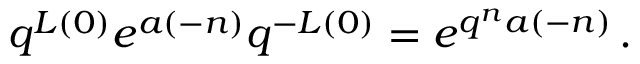
q ^ { L ( 0 ) } e ^ { a ( - n ) } q ^ { - L ( 0 ) } = e ^ { q ^ { n } a ( - n ) } \, .